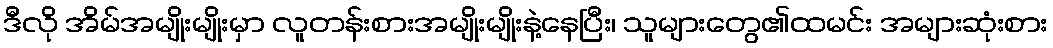
ဒီလို အိမ်အမျိုးမျိုးမှာ လူတန်းစားအမျိုးမျိုးနဲ့နေပြီး၊ သူများတွေ၏ထမင်း အများဆုံးစား